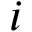
i